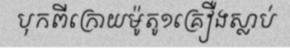
បុកពីក្រោយម៉ូតូ១គ្រឿងស្លាប់